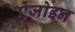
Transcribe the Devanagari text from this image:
ऐजोइन